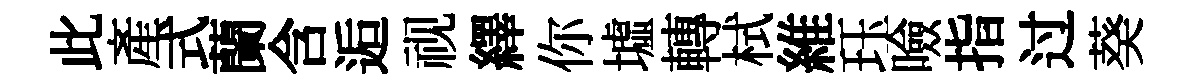
此産式蘭含逅视繹你墟轉栻維珏噞指过葵